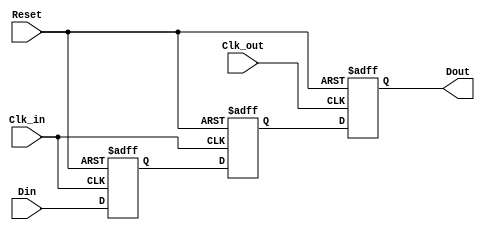
module MemoryBlocksPipelineSynchronizer #(
    parameter DATA_WIDTH = 8,   // Parameter for data width
    parameter STAGE_DEPTH = 2    // Number of flip-flop stages for metastability protection
) (
    input  wire [DATA_WIDTH-1:0] Din,       // Data input
    input  wire Clk_in,                      // Clock input for source domain
    input  wire Clk_out,                     // Clock input for destination domain
    input  wire Reset,                       // Asynchronous reset
    output reg  [DATA_WIDTH-1:0] Dout       // Synchronized data output
);

    // Internal signals for pipeline stages
    reg [DATA_WIDTH-1:0] stage_in [0:STAGE_DEPTH-1]; // Pipeline stages

    // Synchronization logic
    always @(posedge Clk_in or posedge Reset) begin
        if (Reset) begin
            stage_in[0] <= 0; // Reset stage 0
        end else begin
            stage_in[0] <= Din; // Capture input data
        end
    end

    // Additional stages for metastability handling
    genvar i;
    generate
        for (i = 1; i < STAGE_DEPTH; i = i + 1) begin: sync_stage
            always @(posedge Clk_in or posedge Reset) begin
                if (Reset) begin
                    stage_in[i] <= 0; // Reset subsequent stages
                end else begin
                    stage_in[i] <= stage_in[i-1]; // Pass data to next stage
                end
            end
        end
    endgenerate

    // Capture the output in the destination clock domain
    always @(posedge Clk_out or posedge Reset) begin
        if (Reset) begin
            Dout <= 0; // Reset output data
        end else begin
            Dout <= stage_in[STAGE_DEPTH-1]; // Output the last stage data
        end
    end

endmodule